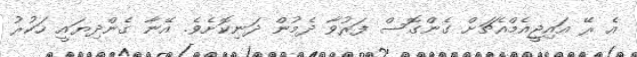
އެ ރޭ އައިޖީއެމްއެޗަށް ގެންގޮސް ފަރުވާ ދެމުން ދަނިކޮށެވެ. އޭނާ ގެންދިޔައީ ހަކުރު